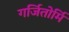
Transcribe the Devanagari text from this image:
गर्जितोर्मि